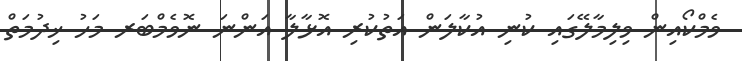
ވެމްކޯއިން ވިލިމާލޭގައި ކުނި އުކާލަން އަތުކުރި އޮޅާލާ އަންނަ ނޮވެމްބަރ މަހު ޚިދުމަތް